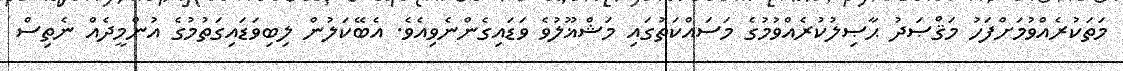
މަތަކުރެއްވުމަށްފަހު މަޤްޞަދު ޙާޞިލުކުރެއްވުމުގެ މަސައްކަތުގައި މަޝްޣޫލުވެ ވަޑައިގެންނެވިއެވެ. އެބޭކަލުން ލިބިވަޑައިގަތުމުގެ އުންމީދެއް ނެތިސް